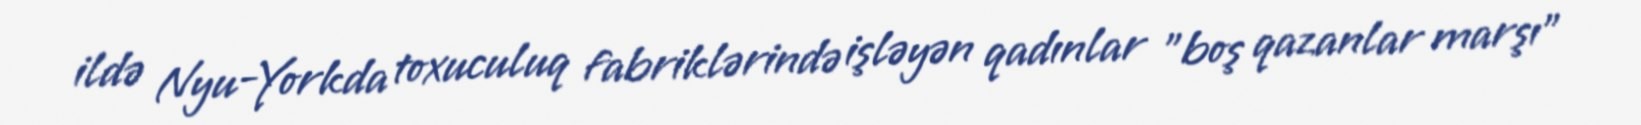
ildə Nyu-Yorkda toxuculuq fabriklərində işləyən qadınlar "boş qazanlar marşı"